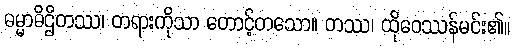
ဓမ္မာဓိဌိတဿ၊ တရားကိုသာ တောင့်တသော။ တဿ၊ ထိုဝေဿန်မင်း၏။